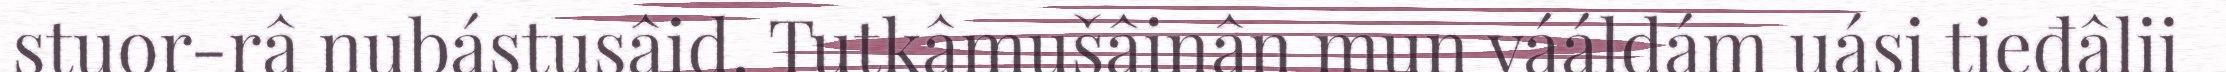
stuor-râ nubástusâid. Tutkâmušâinân mun vááldám uási tieđâlii